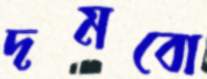
দমবো